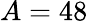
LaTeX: A=48